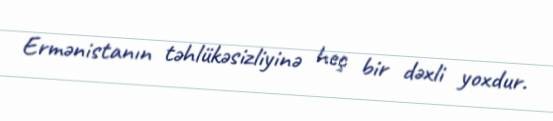
Ermənistanın təhlükəsizliyinə heç bir dəxli yoxdur.